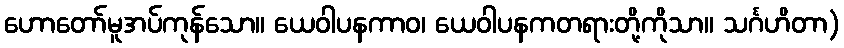
ဟောတော်မူအပ်ကုန်သော။ ယေဝါပနကာဝ၊ ယေဝါပနကတရားတို့ကိုသာ။ သင်္ဂဟိတာ)